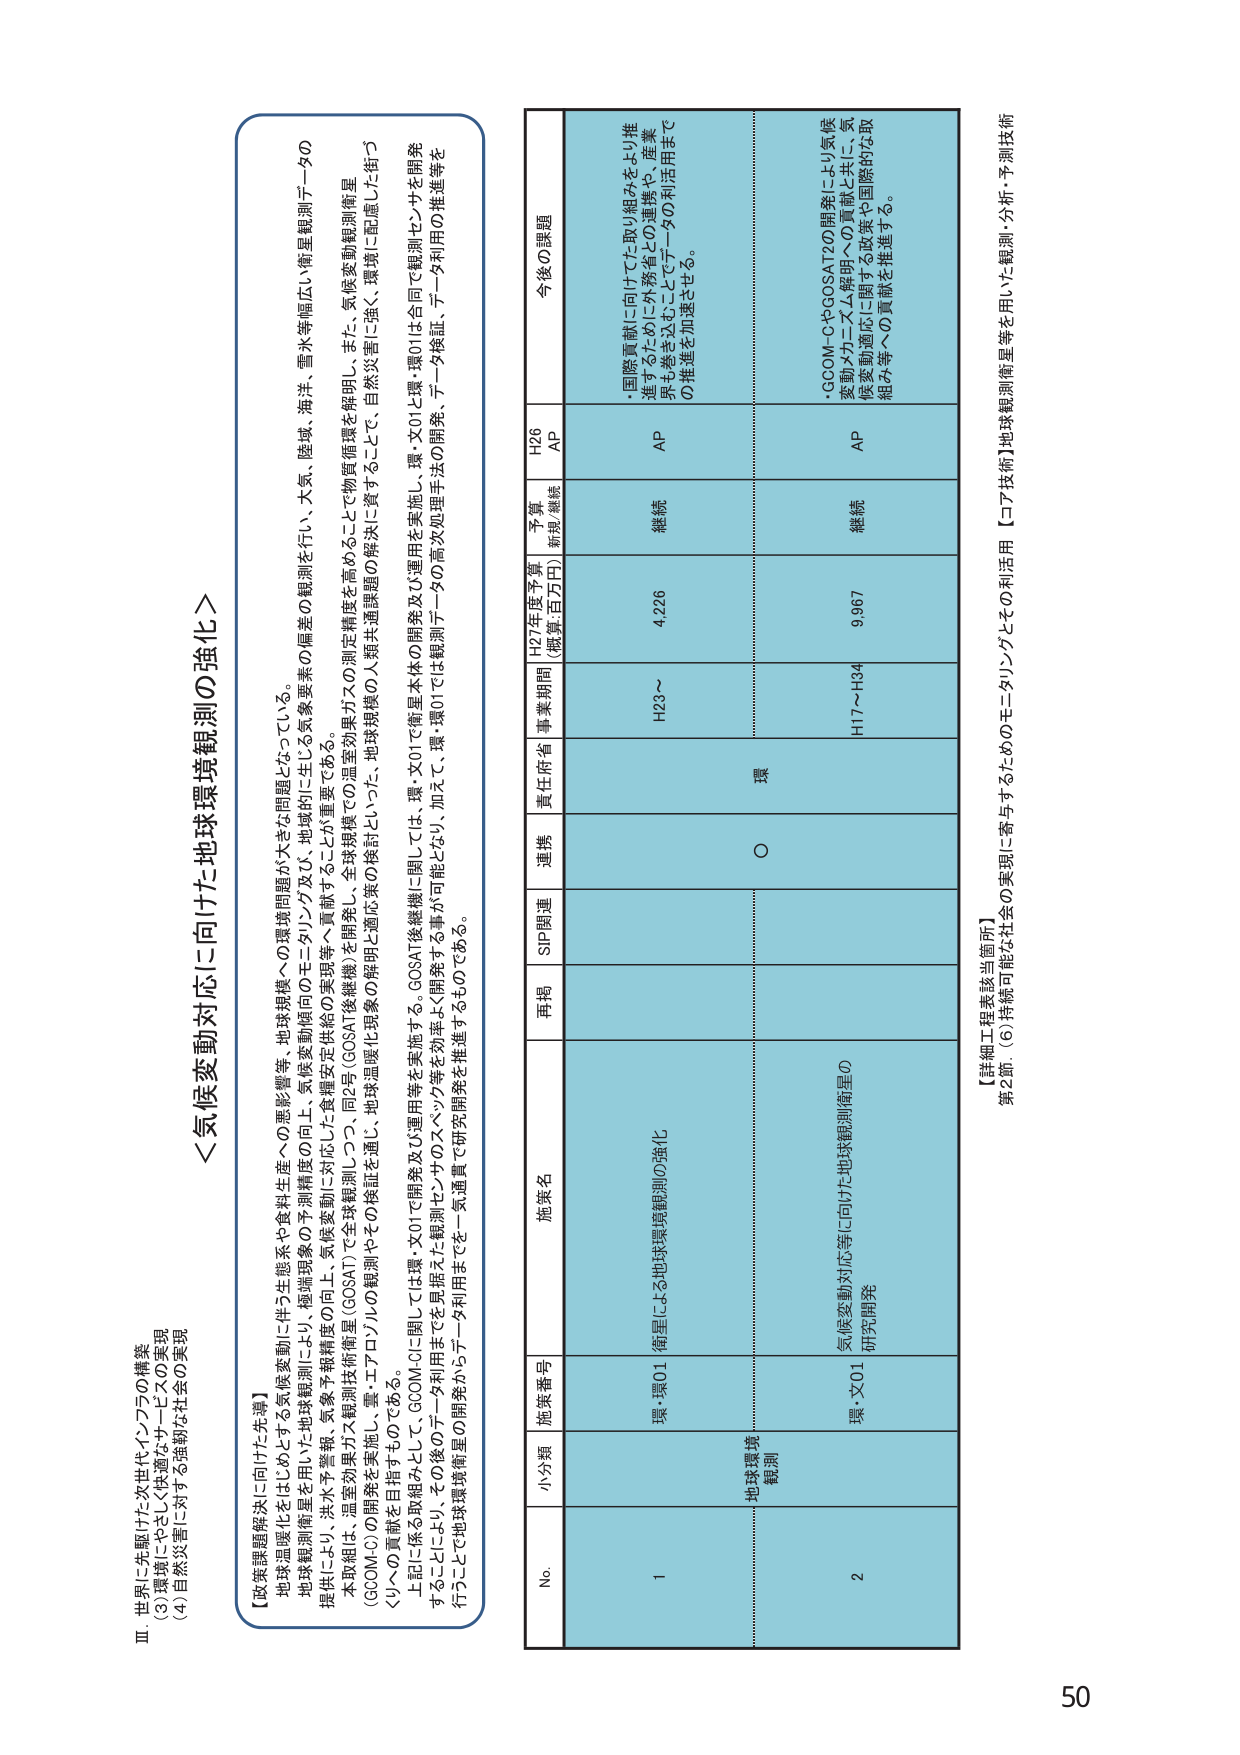
Ⅲ 世界に先駆けた次世代インフラの構築
(3)環境にやさしく快適なサービスの実現
(4)自然災害に対する強靭な社会の実現

＜気候変動対応に向けた地球環境観測の強化＞

【政策課題解決に向けた先導】
地球温暖化をはじめとする気候変動に伴う生態系や食料生産への悪影響等、地球規模への環境問題が大きな問題となっている。
地球観測衛星を用いた地球観測により、極端現象の予測精度の向上、気候変動傾向のモニタリング及び、地域的に生じる気象要素の偏差の観測を行い、大気、陸域、海洋、雪氷等幅広い衛星観測データの提供により、洪水予警報、気象予報精度の向上、気候変動に对应した食糧安定供給の実現等へ貢献することが重要である。
本取組は、温室効果ガス観測技術衛星（GOSAT）で全球観測しつつ、同2年（GOSAT後継機）を開発し、全球規模での温室効果ガスの測定精度を高めることで物質循環を解明し、また、気候変動観測衛星（GCOM-C）の開発を実施し、雲・エアロゾルの観測やその検証を通じ、地球温暖化現象の解明と適応策の検討といった、地球規模の人類共通課題の解決に資することで、自然災害に強く、環境に配慮した街づくりへの貢献を目指すものである。
上記に係る取組みとして、GCOM-Cに関しては環・文01で開発及び運用等を実施する。GOSAT後継機に関しては、環・文01で衛星本体の開発及び運用を実施し、環・文01と環・環01は合同で観測センサを開発することにより、その後のデータ利用までを異振えた観測センサのスペック等を効率よく開発する事が可能となり、加えて、環・環01では観測データの高次処理手法の開発、データ検証、データ利用の推進等を行うことで地球環境衛星の開発からデータ利用までを一気通貫で研究開発を推進するものである。

No. 小分類 施策番号 施策名 再掲 SIP関連 連携 責任府省 事業期間 H27年度予算 (概算:百万円) 予算 新規/継続 H26 AP 今後の課題
1 地球環境観測 環・環01 衛星による地球環境観測の強化 ○ 環 H23～ 4,226 継続 AP ・国際貢献に向けた取り組みをより推進するために、外務省との連携や、産業界も巻き込むことで、データの利活用までの推進を加速させる。
2 環・文01 気候変動対応等に向けた地球観測衛星の研究開発 H17～H34 9,967 継続 AP ・GCOM-CやGOSAT2の開発により気候変動メカニズム解明への貢献と共に、気候変動適応に関する政策や国際的な取組み等への貢献を推進する。

【詳細工程表該当箇所】
第2節：(6)持続可能な社会の実現に寄与するためのモニタリングとその利活用 【コア技術】地球観測衛星等を用いた観測・分析・予測技術

50